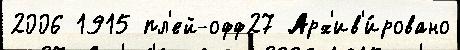
2006 1915 пл'ей-офф27 Арх'ив'и́ровано